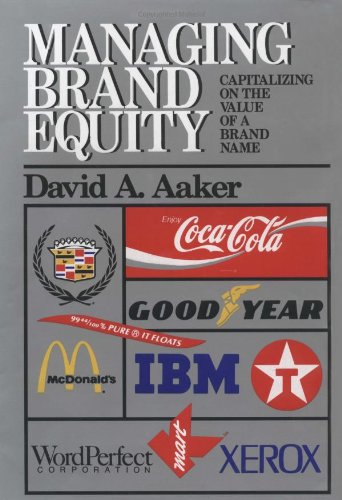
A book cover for Managing Brand Equity; David A. Aaker; Business & Money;